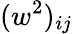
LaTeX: (w^{2})_{ij}